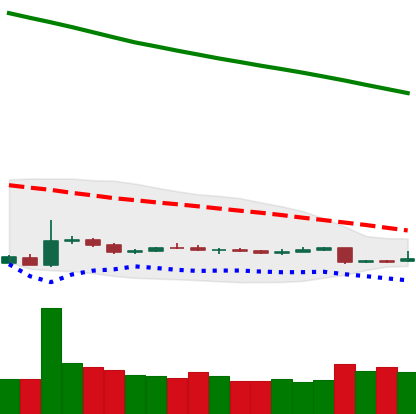
Ticker: ETH-USD
Chart end date: 2018-11-01
Forward return: 9.845%
Label: up_7plus